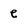
Character: e